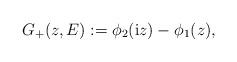
LaTeX: \begin{align*} G_+(z,E):= \phi_2(\mathrm{i}z)-\phi_1(z), \end{align*}